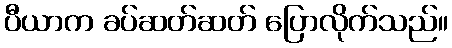
ပီယာက ခပ်ဆတ်ဆတ် ပြောလိုက်သည်။